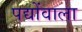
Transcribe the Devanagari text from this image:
पद्योंवाला